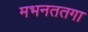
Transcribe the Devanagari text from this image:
मभनततगा